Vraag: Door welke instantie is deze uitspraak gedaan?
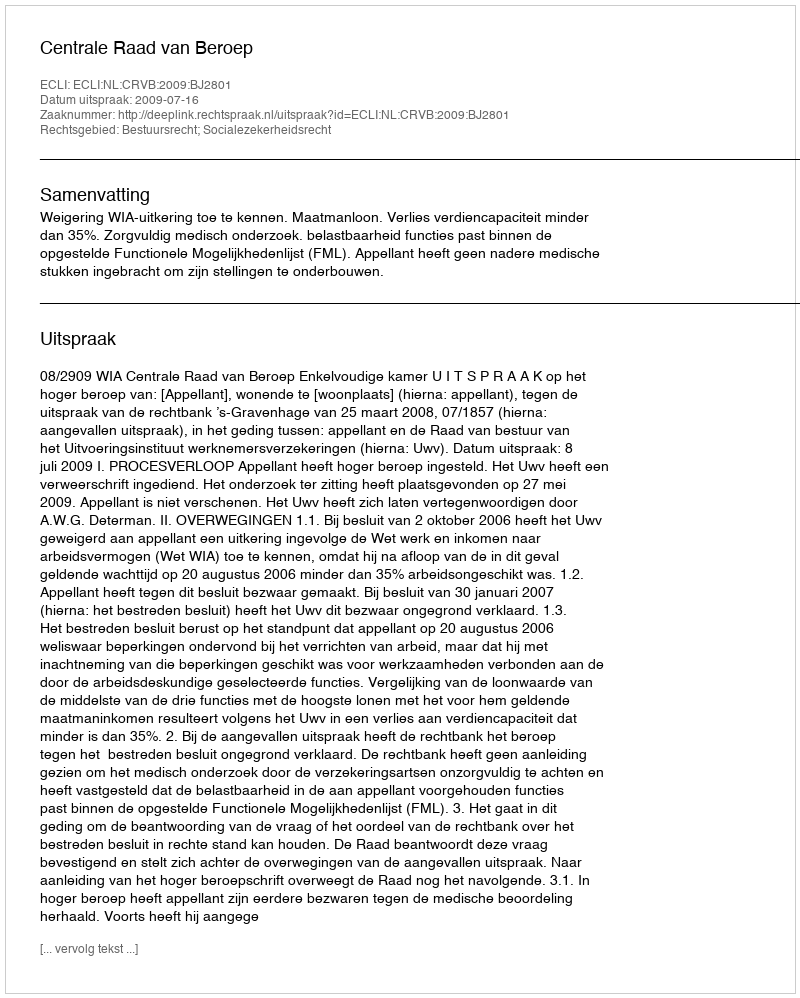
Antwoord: Centrale Raad van Beroep